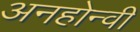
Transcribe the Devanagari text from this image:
अनहोन्‍वी